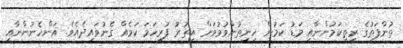
ތުންފަތުގެ ރީތިކަމުންނާއި މަޑު ކަމުން ހިނިތުންވުމުވަށް އިތުރު ފުރިހަމަ ކަމެއް ގެނުވައިދެއެވެ. އަންހެނުންނާއި